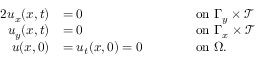
\begin{array} { r l r l } { { 2 } u _ { x } ( \boldsymbol { x } , t ) } & { = 0 } & & { \qquad \mathrm { o n ~ } \Gamma _ { y } \times \mathcal { T } } \\ { u _ { y } ( \boldsymbol { x } , t ) } & { = 0 } & & { \qquad \mathrm { o n ~ } \Gamma _ { x } \times \mathcal { T } } \\ { u ( \boldsymbol { x } , 0 ) } & { = u _ { t } ( \boldsymbol { x } , 0 ) = 0 } & & { \qquad \mathrm { o n ~ } \Omega . } \end{array}